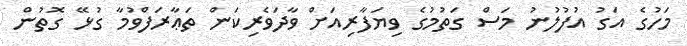
މަހުގެ އަގު އުފުލުނު މަސް ގަތުމުގެ ވިޔަފާރިއަށް ވާދަވެރިކަން ތަޢާރަފްވުމާ ގުޅޭ ގޮތުން